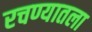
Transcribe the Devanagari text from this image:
रचण्यातला